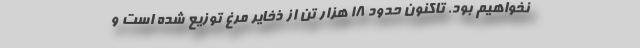
نخواهیم بود. تاکنون حدود ۱۸ هزار تن از ذخایر مرغ توزیع شده است و